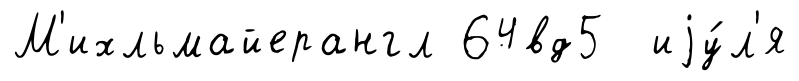
М'ихльмайерангл 64вд5 иjу́л'я